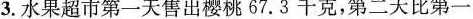
3.水果超市第一天售出樱桃 67.3千克，第二天比第一